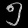
Digit: ၅